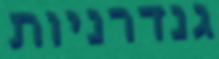
גנדרניות